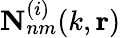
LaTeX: \mathbf{N}_{nm}^{(i)}(k,\mathbf{r})